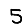
Digit: 5